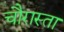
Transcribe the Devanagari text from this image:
चौरास्ता